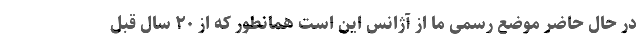
در حال حاضر موضع رسمی ما از آژانس این است همانطور که از ۲۰ سال قبل